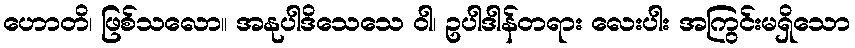
ဟောတိ၊ ဖြစ်သလော။ အနုပါဒိသေသေ ဝါ၊ ဥပါဒါန်တရား လေးပါး အကြွင်းမရှိသော